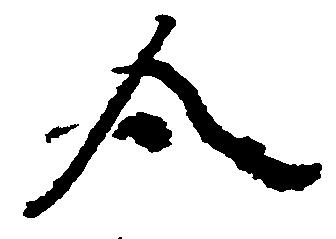
合